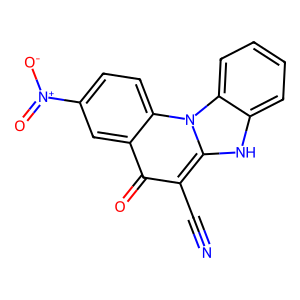
SMILES: N#Cc1c(=O)c2cc([N+](=O)[O-])ccc2n2c1[nH]c1ccccc12
Inhibits HIV replication: No